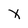
Character: x